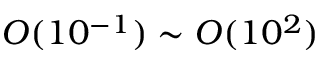
{ \cal O } ( 1 0 ^ { - 1 } ) \sim { \cal O } ( 1 0 ^ { 2 } )